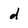
Character: d